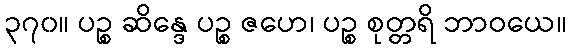
၃၇၀။ ပဉ္စ ဆိန္ဒေ ပဉ္စ ဇဟေ၊ ပဉ္စ စုတ္တရိ ဘာဝယေ။